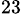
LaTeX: _{23}